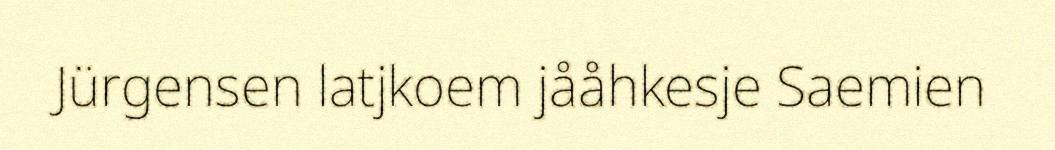
Jürgensen latjkoem jååhkesje Saemien